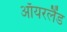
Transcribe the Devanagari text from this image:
ऑयरलैंड